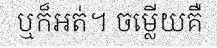
ឬក៏អត់។ ចម្លើយគឺ